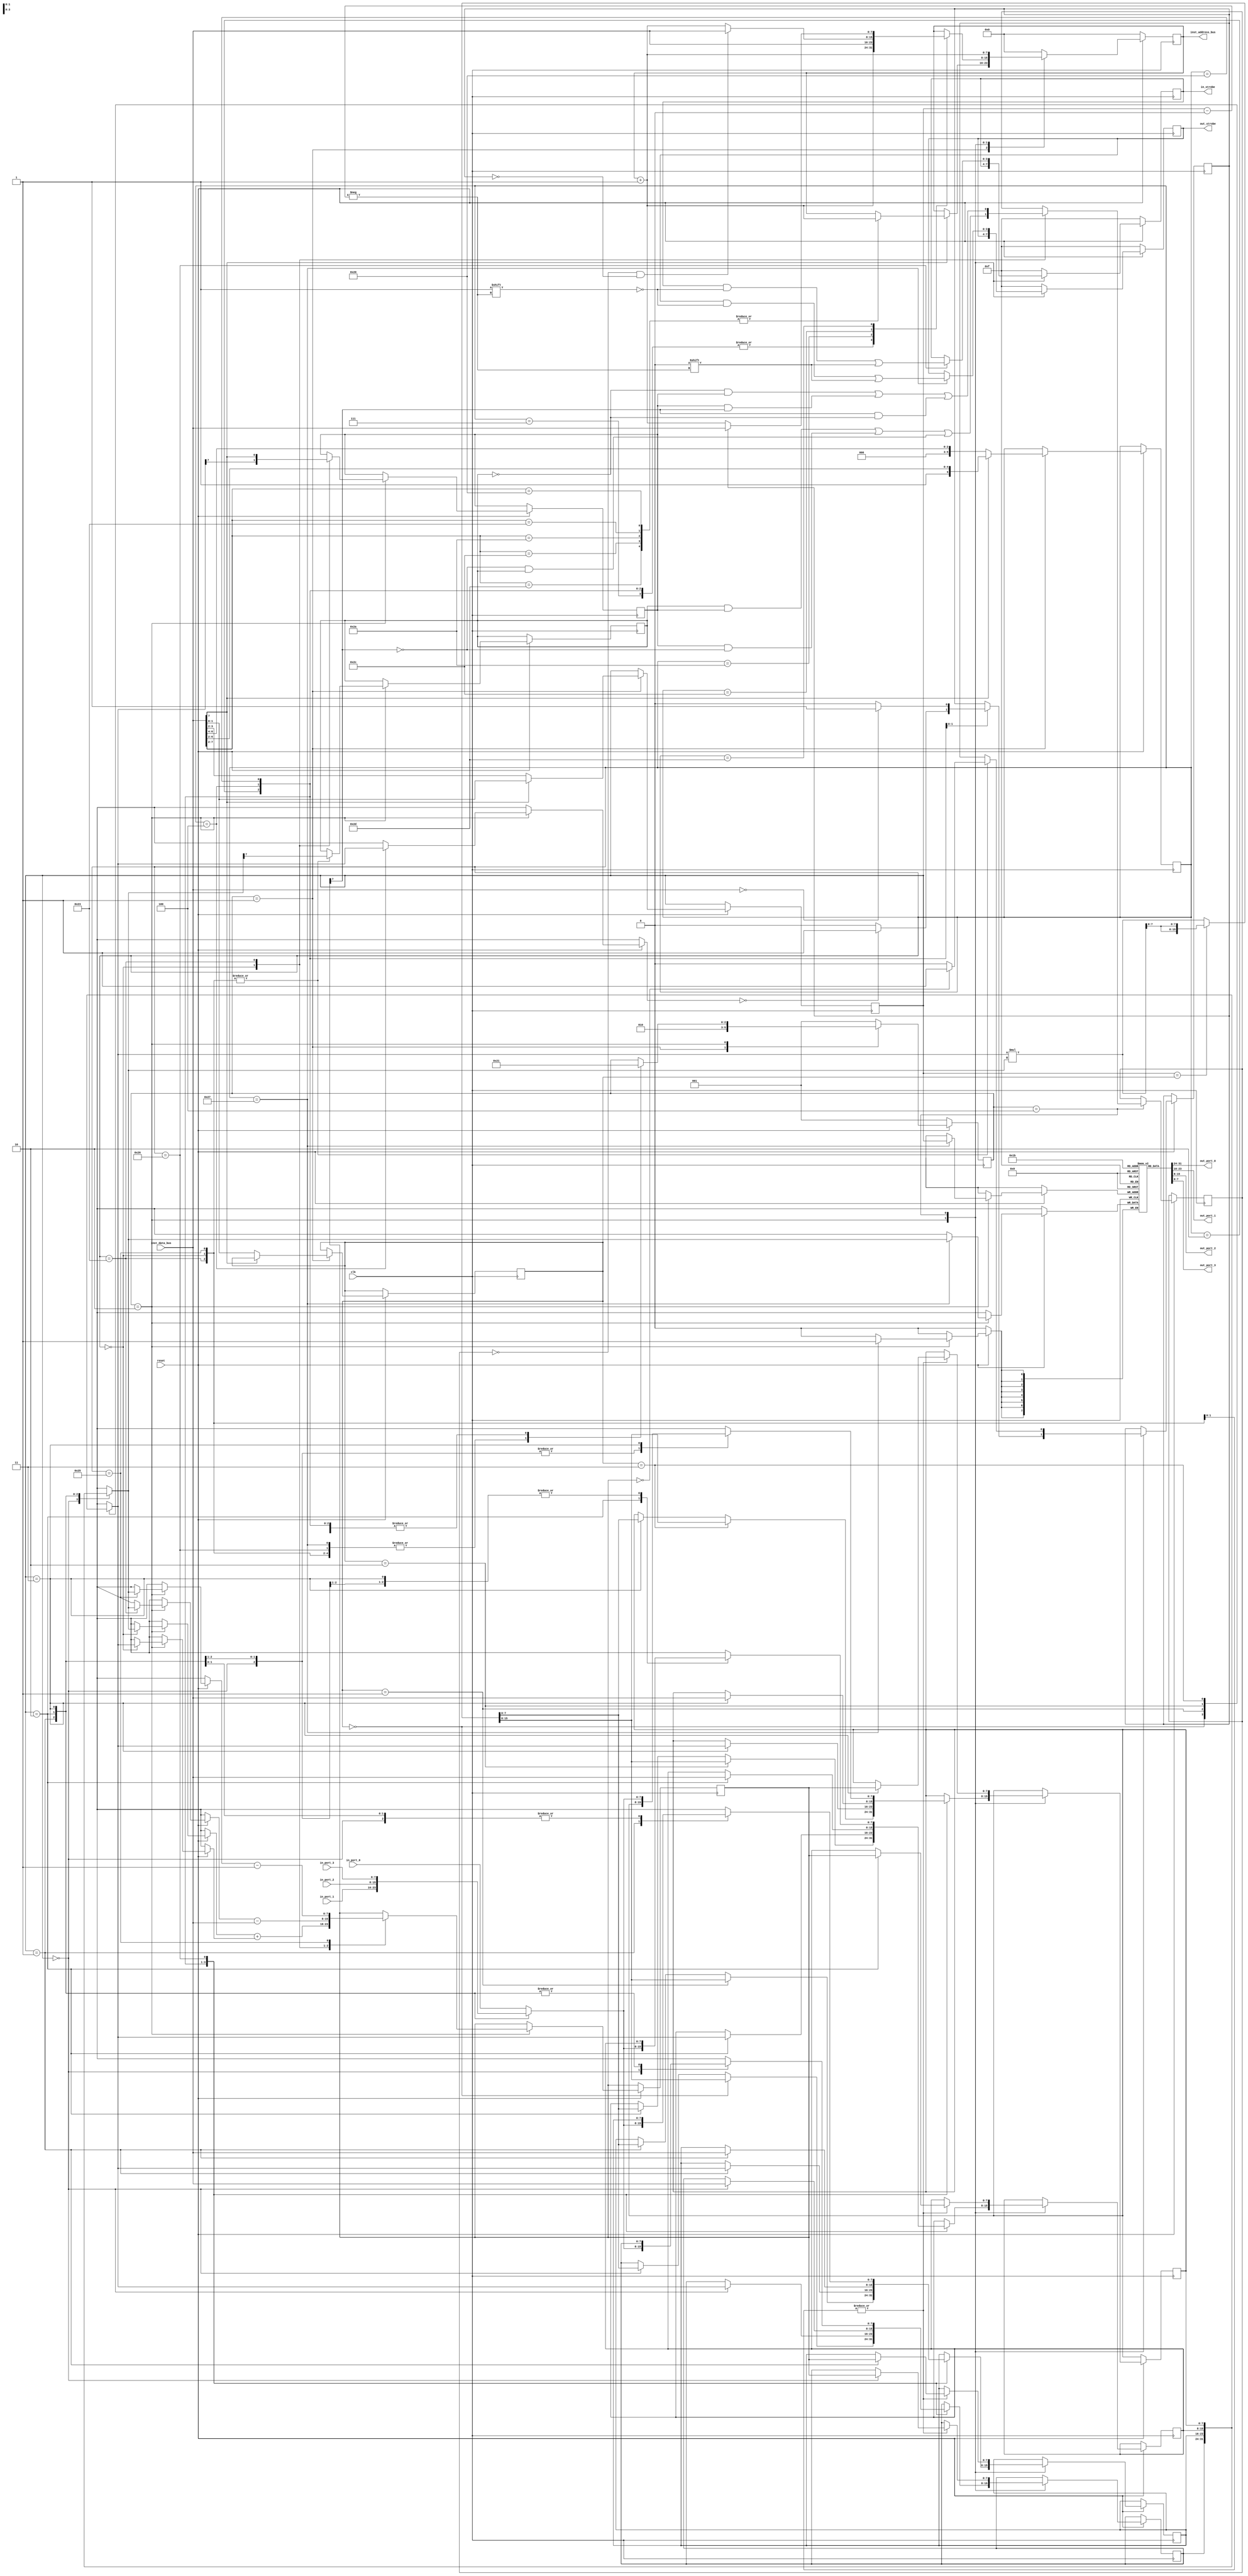
`timescale 1ns / 1ps
//////////////////////////////////////////////////////////////////////////////////
// Company: 
// 
// Design Name: 
// Module Name: mcp
// Project Name: Simple Microprocessor
// Target Devices: Basys3
// Tool Versions: Vivado 2022.2
// Description: 
// 
// Dependencies: 
// 
// Revision:
// Revision 0.01 - File Created
// Additional Comments:
// 
//////////////////////////////////////////////////////////////////////////////////

// Opcodes
`define ADD_REG  6'b000000
`define MUL      6'b000010
`define MOV      6'b000100
`define NOP      6'b000111
`define LD_IMM   6'b100000
`define CMP_IMM  6'b100011
`define DEC      6'b100101
`define INPUT    6'b100110
`define OUTPUT   6'b100111
`define BRA      6'b101010
`define BHI      6'b101100
`define BEQ      6'b101101

// Control Logic States, One-Hot Encoded
`define FETCH      3'b001
`define EXECUTE    3'b010
`define WRITE_BACK 3'b100

module mcp(
    input clk,
    input reset,
    input  [7:0]  in_port_0,
    input  [7:0]  in_port_1,
    input  [7:0]  in_port_2,
    input  [7:0]  in_port_3,
    output [7:0] out_port_0,
    output [7:0] out_port_1,
    output [7:0] out_port_2,
    output [7:0] out_port_3,
    output reg [3:0] in_strobe,
    output reg [3:0] out_strobe,
    input  [7:0] inst_data_bus,
    output [7:0] inst_address_bus
    );
    
    // Registers
    reg [7:0] r[3:0]; // Register Bank
    reg [7:0] pc;     // Program Counter to Program Memory
    reg [7:0] sp;     // Stack Pointer to Data Memory
    reg Z;  // Zero Flag
    reg C;  // Carry Bit
    reg N;  // Negative Flag
    reg V;  // Overflow Flag
    
    // Data Memory
    reg [7:0] mem [255:0];  // The memory implemented as an array
    
    // State Machine
    reg [2:0] state;
    
    // Special Registers
    reg [5:0] instruction;
    reg [1:0] ra;
    reg [1:0] rb;
    reg A7;
    reg B7;
    reg [7:0] result;
    
    wire [7:0]  in_port [3:0];
    reg  [7:0] out_port [3:0];
    
    // Signals and Wiring
    wire [5:0] cat1_opcode;
    wire [5:0] cat2_opcode;
    wire [1:0] cat1_ra;
    wire [1:0] cat1_rb;
    wire [1:0] cat2_ra;
    wire [7:0] argument;
    wire R7;
    
    wire [7:0] r0;     // These four signals
    wire [7:0] r1;     // make the cpu registers
    wire [7:0] r2;     // available as signals to
    wire [7:0] r3;     // the waveform simulator.
    assign r0 = r[0];  // This issue came un
    assign r1 = r[1];  // in EDAPlayground when 
    assign r2 = r[2];  // EDWave wouldn't show
    assign r3 = r[3];  // the registers as signals.
    
    assign inst_address_bus = pc;
    assign cat1_opcode = {2'b00,inst_data_bus[7:4]};
    assign cat2_opcode = inst_data_bus[7:2];
    assign cat1_ra = inst_data_bus[3:2];
    assign cat1_rb = inst_data_bus[1:0];
    assign cat2_ra = inst_data_bus[1:0];
    assign argument = inst_data_bus;
    assign R7 = result[7];
    assign  in_port[0] = in_port_0;
    assign  in_port[1] = in_port_1;
    assign  in_port[2] = in_port_2;
    assign  in_port[3] = in_port_3;
    assign out_port_0 = out_port[0];
    assign out_port_1 = out_port[1];
    assign out_port_2 = out_port[2];
    assign out_port_3 = out_port[3];
    
    wire [15:0] mult;
    assign mult  = r[rb] *r[ra];
    
    // Procedural Code
    
    always @(posedge(clk)) begin
        if (reset == 0) begin
            state <= `FETCH;
            pc    <= 8'b0000_0000;
            sp    <= 8'b1111_1111;
            in_strobe  <= 4'b1111; 
            out_strobe <= 4'b1111;
        end
        else begin
            case(state)
                `FETCH: begin
                    in_strobe  <= 4'b1111;
                    out_strobe <= 4'b1111;
                    if (inst_data_bus[7]==1'b0) begin // Instruction Category 
                        instruction <= cat1_opcode;   // Category 1
                        ra <= cat1_ra;
                        rb <= cat1_rb;
                    end
                    else begin                        // Category 2
                        instruction <= cat2_opcode;
                        ra <= cat2_ra;
                        case(cat2_opcode)
                            `LD_IMM,
                            `CMP_IMM, 
                            `BRA, 
                            `BHI,
                            `BEQ:  pc <= pc + 8'd1;
                        endcase
                    end
                    state <= `EXECUTE;
                end
                `EXECUTE: begin
                    case(instruction)
                        `ADD_REG: begin
                            result <= r[ra] + r[rb];
                            A7 <= r[ra][7];
                            B7 <= r[rb][7];
                            state <= `WRITE_BACK;
                        end
                        `MUL: begin
                            {r[rb],r[ra]} <= (ra==rb)?{mult[7:0],mult[7:0]}:(mult);
                            pc <= pc + 8'd1;
                            state <= `FETCH;
                        end      
                        `MOV: begin
                            r[ra] <= r[rb];
                            Z <= (r[rb]==8'd0)?1'b1:1'b0;
                            N <= r[rb][7];
                            V <= 0;
                            pc <= pc + 8'd1;
                            state <= `FETCH;
                        end
                        `NOP: begin
                            pc <= pc + 8'd1;
                            state <= `FETCH;
                        end
                        `LD_IMM: begin
                            r[ra] <= argument;
                            Z <= (argument==8'd0)?1'b1:1'b0;
                            N <= argument[7];
                            V <= 0;
                            pc <= pc + 8'd1;
                            state <= `FETCH;
                        end
                        `CMP_IMM: begin
                            result <= r[ra] - argument;
                            A7 <= r[ra][7];
                            B7 <= argument[7];
                            state <= `WRITE_BACK;
                        end
                        `DEC: begin
                            result <= r[ra] - 8'd1;
                            A7 <= r[ra][7];
                            state <= `WRITE_BACK;
                        end   
                        `INPUT: begin
                            r[ra] = in_port[ra];
                            state <= `WRITE_BACK;
                        end
                        `OUTPUT: begin
                            out_port[ra] = r[ra];
                            state <= `WRITE_BACK;
                        end                        
                        `BRA: begin
                            pc <= argument;
                            state <= `FETCH;
                        end                         
                        `BHI: begin          //   11111111 > 00000000
                            if(C==0 && Z==0) 
                                pc <= argument;
                            else
                                pc <= pc + 8'd1;
                            state <= `FETCH;
                        end
                        `BEQ: begin
                            if(Z==1) 
                                pc <= argument;
                            else
                                pc <= pc + 8'd1;
                            state <= `FETCH;
                         end 
                    endcase
                end
                `WRITE_BACK: begin
                    case(instruction)
                        `ADD_REG: begin
                            r[ra] <= result;
                            V <= (A7&B7&~R7)|(~A7&~B7&R7);
                            N <= R7;
                            Z <= (result==8'd0)?1'b1:1'b0;
                            C <= (A7&B7)|(B7&~R7)|(~R7&A7);
                        end
                        `CMP_IMM: begin
                            V <= (A7&~B7&~R7)|(~A7&B7&R7);
                            N <= R7;
                            Z <= (result==8'd0)?1'b1:1'b0;
                            C <= (~A7&B7)|(B7&R7)|(R7&~A7);
                        end
                        `DEC: begin
                            r[ra] <= result;
                            V <= ~R7&A7;
                            N <= R7;
                            Z <= (result==8'd0)?1'b1:1'b0;
                        end   
                        `INPUT: 
                            in_strobe[ra] = 1'b0;
                        `OUTPUT:
                            out_strobe[ra] = 1'b0;
                    endcase
                    pc <= pc + 8'd1;
                    state <= `FETCH;
                end
                default: begin
                    state <= `FETCH;
                    pc    <= 8'b0000_0000;
                    sp    <= 8'b1111_1111;
                    in_strobe  <= 4'b1111; 
                    out_strobe <= 4'b1111;
                end
            endcase
        end        
	end
endmodule